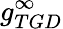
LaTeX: g_{TGD}^{\infty}